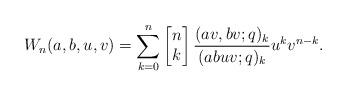
LaTeX: \begin{align*}W_n(a,b,u,v)=\sum_{k=0}^n \begin{bmatrix} n \\k \end{bmatrix}\frac{ (av,bv;q)_k }{ (abuv;q)_k } u^k v^{n-k}.\end{align*}